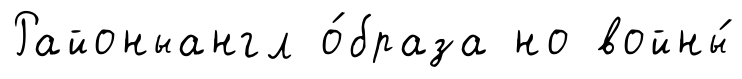
Районыангл о́браза но войны́